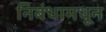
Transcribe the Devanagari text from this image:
निबंधामधून